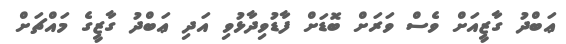
ޢަބްދު ގާޒީއަށް ވެސް ވަރަށް ބޮޑަށް ފާޑުވިދާޅުވި އަދި ޢަބްދު ގާޒީގެ މައްޗަށް